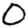
Digit: 0